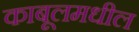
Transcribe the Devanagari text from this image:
काबूलमधील